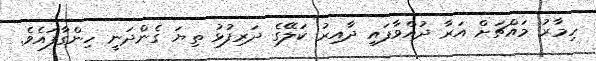
ހިމާރު މައްޗަށް އަރާ ދުއްވާފައި ދާއިރު ކަލޭގެ ދަރިފުޅު ތިޔަ ގެންދަނީ ހިންގާފައެވެ.